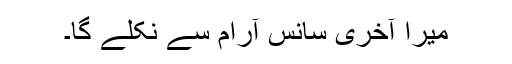
میرا آخری سانس آرام سے نکلے گا۔